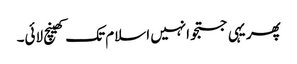
پھر یہی جستجو انہیں اسلام تک کھینچ لائی۔